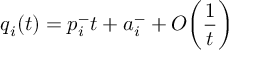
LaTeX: q _ { i } ( t ) = p _ { i } ^ { - } t + a _ { i } ^ { - } + O \biggl ( \frac { 1 } { t } \biggr )